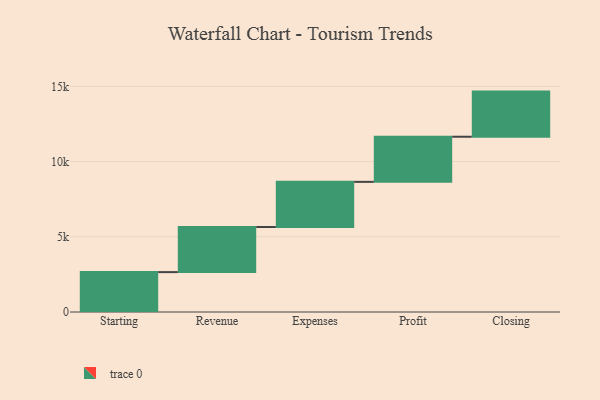
{"axis": {"x": "Step", "y": "Value"}, "legend": [""], "data": [{"x": "Starting", "y": 2651.0, "type": ""}, {"x": "Revenue", "y": 3000, "type": ""}, {"x": "Expenses", "y": 3000, "type": ""}, {"x": "Profit", "y": 3000, "type": ""}, {"x": "Closing", "y": 3000, "type": ""}]}